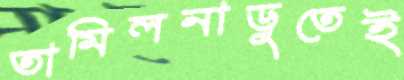
তামিলনাড়ুতেই